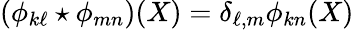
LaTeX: \left(\phi_{k\ell}\star\phi_{mn}\right)(X)=\delta_{\ell,m}\phi_{kn}(X)